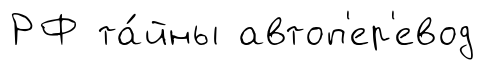
РФ та́йны автоп'ер'евод